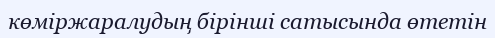
көміржаралудың бірінші сатысында өтетін